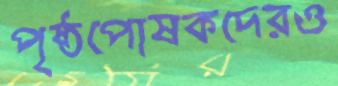
পৃষ্ঠপোষকদেরও